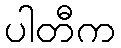
ပါတီက